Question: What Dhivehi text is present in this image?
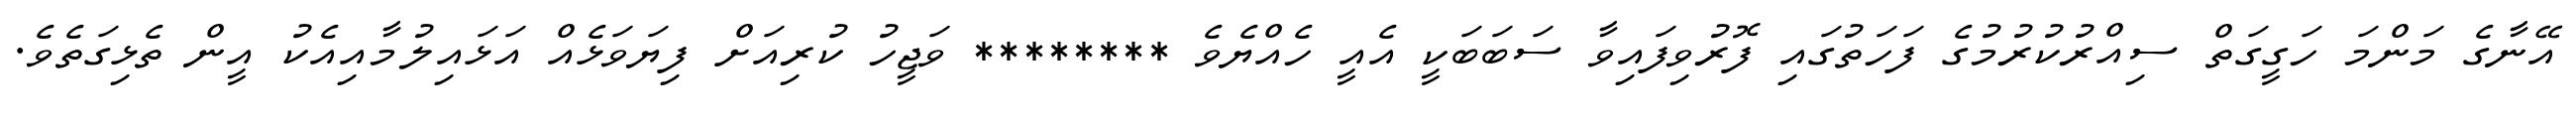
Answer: އޭނާގެ މަންމަ ހަގީގަތް ސިއްރުކުރުމުގެ ފަހަތުގައި ފޮރުވިފައިވާ ސަބަބަކީ އެއީ ހެއްޔެވެ ******** ވަޖީހު ކުރިއަށް ފިޔަވަޅެއް އަޅައިލުމާއިއެކު އީން ތެޅިގަތެވެ.